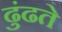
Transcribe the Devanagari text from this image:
ढुंढते